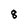
Character: 8